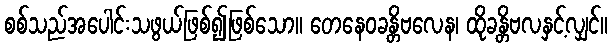
စစ်သည်အပေါင်းသဖွယ်ဖြစ်၍ဖြစ်သော။ တေနေဝခန္တိဗလေန၊ ထိုခန္တိဗလနှင့်လျှင်။